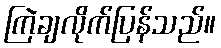
ကြဲချလိုက်ပြန်သည်။